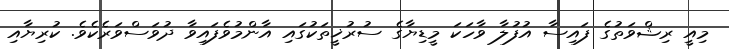
މިއީ ރިޝްވަތުގެ ފައިސާ އުފުލާ ވާހަކަ މީޑިޔާގެ ސުރުޚީތަކުގައި އާންމުވެފައިވާ ދުވަސްވަރެކެވެ. ކުރިޔާއި